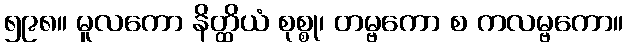
၅၉၈။ မူလကော နိတ္ထိယံ စုစ္စု၊ တမ္ဗကော စ ကလမ္ဗကော။